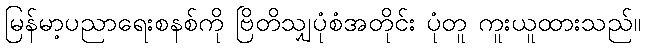
မြန်မာ့ပညာရေးစနစ်ကို ဗြိတိသျှပုံစံအတိုင်း ပုံတူ ကူးယူထားသည်။